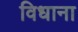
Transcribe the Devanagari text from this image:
विधाना